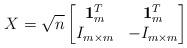
LaTeX: \begin{align*}X = \sqrt{n} \begin{bmatrix} {\bf 1}^T_m & {\bf 1}^T_m\\ I_{m\times m} & - I_{m\times m} \end{bmatrix}\end{align*}